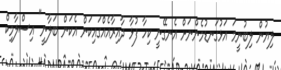
ލިޔުން ލިބުނީމަ އަޅުގަނޑުމެންނަށް އެނގޭނީ ކިހާ ފުޅާ ދާއިރާއެއްގައިކަން އެކަން ބަލާނީ" އިސްލާމިކް